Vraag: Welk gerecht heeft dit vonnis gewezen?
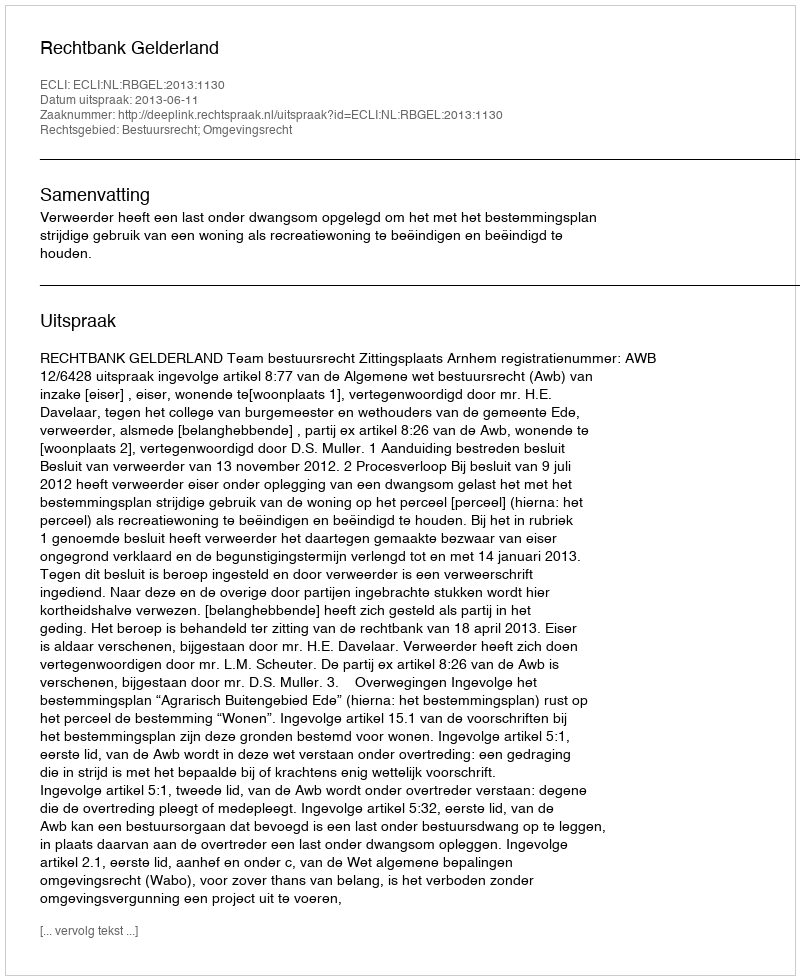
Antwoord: Rechtbank Gelderland